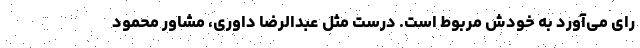
رای می‌آورد به خودش مربوط است. درست مثل عبدالرضا داوری، مشاور محمود